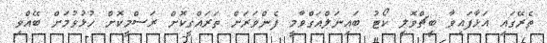
ތެރޭގައި އަޅާފައިވާ ބީޗްވޮލީ ކޯޓު ބައިނަލްއަގްވާމީ ފެންވަރަށް ތަރައްގީކޮށް ރަސްމީކޮށް ހުޅުވުމަށް ބޭއްވި